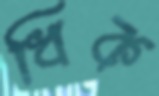
ধিক